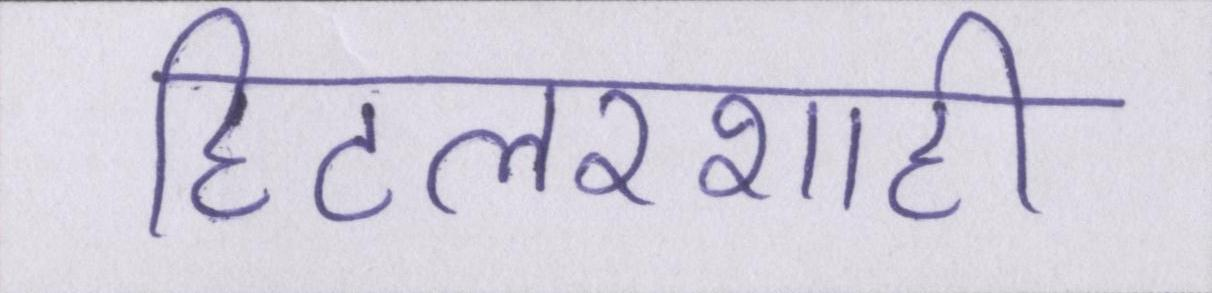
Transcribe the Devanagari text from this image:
हिटलरशाही